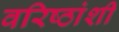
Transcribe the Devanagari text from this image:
वरिष्ठांशी